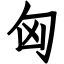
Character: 匈